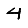
Digit: 4